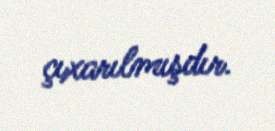
çıxarılmışdır.